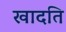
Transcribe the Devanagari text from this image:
खादति